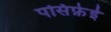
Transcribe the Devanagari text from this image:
पसिफ़ेई